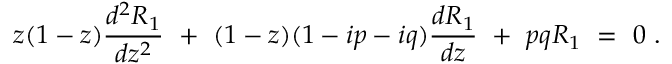
z ( 1 - z ) { \frac { d ^ { 2 } R _ { 1 } } { d z ^ { 2 } } } ~ + ~ ( 1 - z ) ( 1 - i p - i q ) { \frac { d R _ { 1 } } { d z } } ~ + ~ p q R _ { 1 } ~ = ~ 0 ~ .